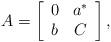
LaTeX: \begin{align*}A=\left[\begin{array}{cc}0&a^*\\b&C\end{array}\right],\end{align*}